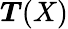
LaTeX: {\boldsymbol{T}}(X)